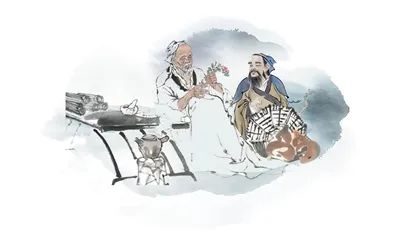
求则得之，舍则失之，是求有益于得也，求在我者也。